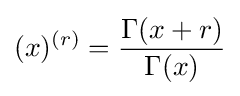
(x)^{(r)}={\frac {\Gamma (x+r)}{\Gamma (x)}}